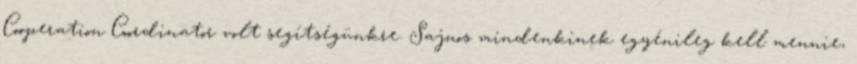
Cooperation Coordinator volt segítségünkre. Sajnos mindenkinek egyénileg kell mennie,